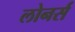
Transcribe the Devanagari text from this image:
लोनर्स